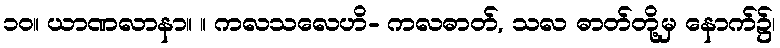
၁၀။ ယာဏလာနာ။ ။ ကလသလေဟိ- ကလဓာတ်, သလ ဓာတ်တို့မှ နောက်၌၊